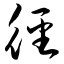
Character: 径